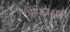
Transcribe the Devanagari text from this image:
प्रोपलशन